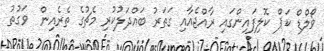
ވޯލްޑް ކަޕް ކޮލިފައިންގައި ރާއްޖެއާއި ގަތަރު ބައްދަލުކުރި މެޗުގެ ތެރެއިން  ވަގުތު